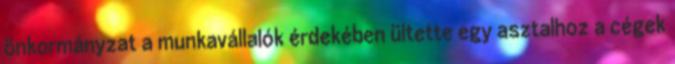
önkormányzat a munkavállalók érdekében ültette egy asztalhoz a cégek